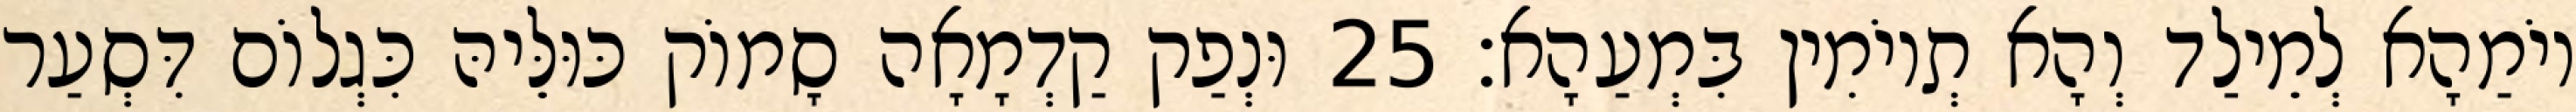
יוֹמַהָא לְמֵילַד וְהָא תְיוֹמִין בִּמְעַהָא׃ 25 וּנְפַק קַדְמָאָה סָמוֹק כּוּלֵּיהּ כִּגְלוֹם דִּסְעַר